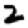
Digit: 2